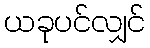
ယခုပင်လျှင်